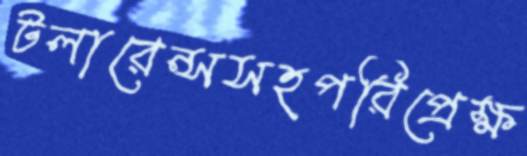
টলারেন্সসহপরিপ্রেক্ষ